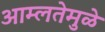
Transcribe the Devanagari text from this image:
आम्लतेमुळे